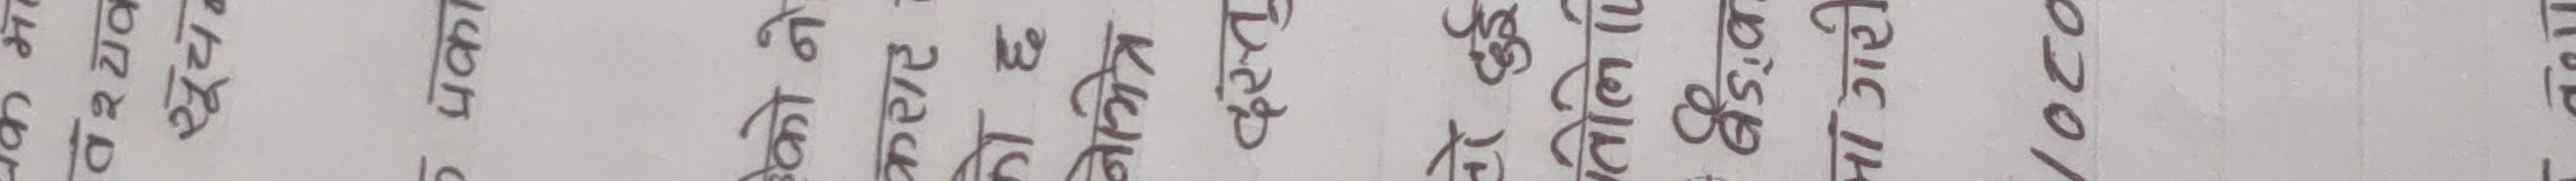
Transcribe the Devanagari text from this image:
लेखाप्रबंधक उत्पादन वितरण बिक्री अनुसंधान विकास कर्मचारी सम्बन्ध 2070